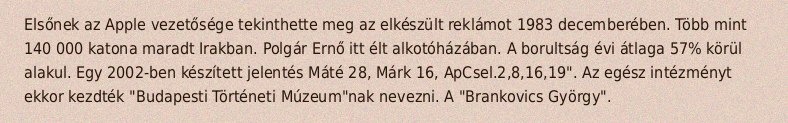
Elsőnek az Apple vezetősége tekinthette meg az elkészült reklámot 1983 decemberében. Több mint 140 000 katona maradt Irakban. Polgár Ernő itt élt alkotóházában. A borultság évi átlaga 57% körül alakul. Egy 2002-ben készített jelentés Máté 28, Márk 16, ApCsel.2,8,16,19". Az egész intézményt ekkor kezdték "Budapesti Történeti Múzeum"nak nevezni. A "Brankovics György".